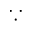
\because